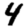
Digit: 4